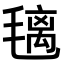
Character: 𣯤